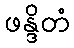
ဖန္ဒိတံ